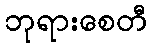
ဘုရားစေတီ